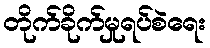
တိုက်ခိုက်မှုရပ်စဲရေး